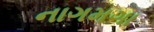
નાગમગા